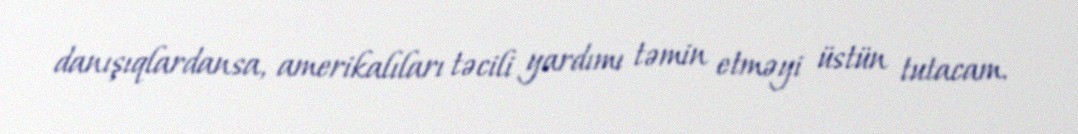
danışıqlardansa, amerikalıları təcili yardımı təmin etməyi üstün tutacam.